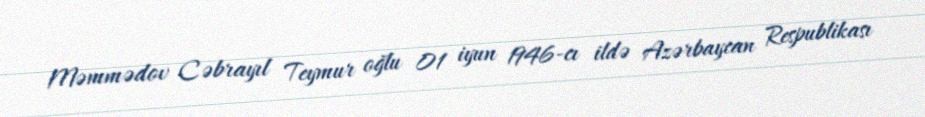
Məmmədov Cəbrayıl Teymur oğlu 01 iyun 1946-cı ildə Azərbaycan Respublikası